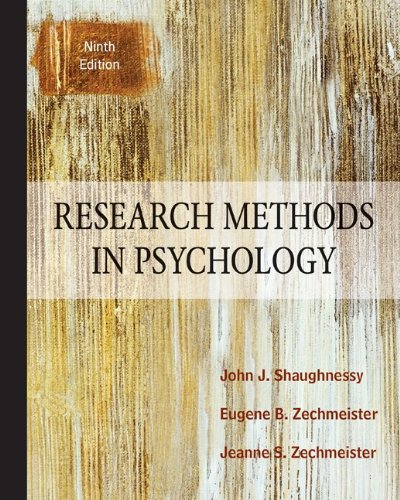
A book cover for Research Methods In Psychology, 9th Edition; John J. Shaughnessy; Medical Books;